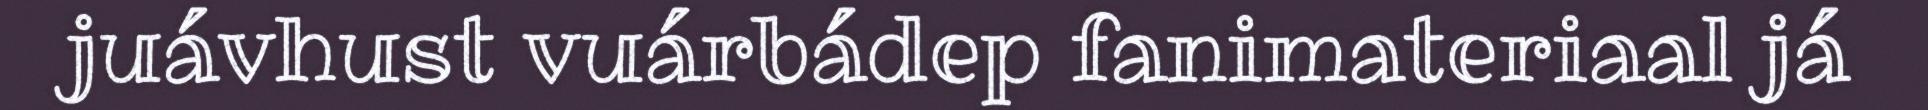
juávhust vuárbádep fanimateriaal já